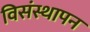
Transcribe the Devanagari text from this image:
विसंस्थापन